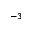
^ { - 3 }